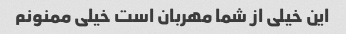
این خیلی از شما مهربان است خیلی ممنونم